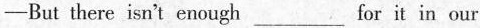
-But there isn't enough ___ for it in our